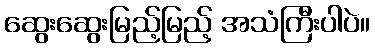
ဆွေးဆွေးမြည့်မြည့် အသံကြီးပါပဲ။